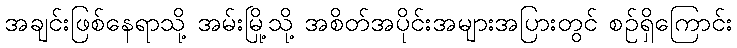
အချင်းဖြစ်နေရာသို့ အမ်းမြို့သို့ အစိတ်အပိုင်းအများအပြားတွင် စဉ်ရှိကြောင်း